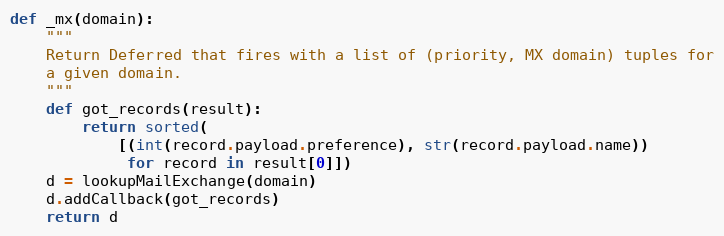
Language: Python
def _mx(domain):
    """
    Return Deferred that fires with a list of (priority, MX domain) tuples for
    a given domain.
    """
    def got_records(result):
        return sorted(
            [(int(record.payload.preference), str(record.payload.name))
             for record in result[0]])
    d = lookupMailExchange(domain)
    d.addCallback(got_records)
    return d